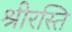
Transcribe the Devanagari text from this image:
श्रीरस्ति